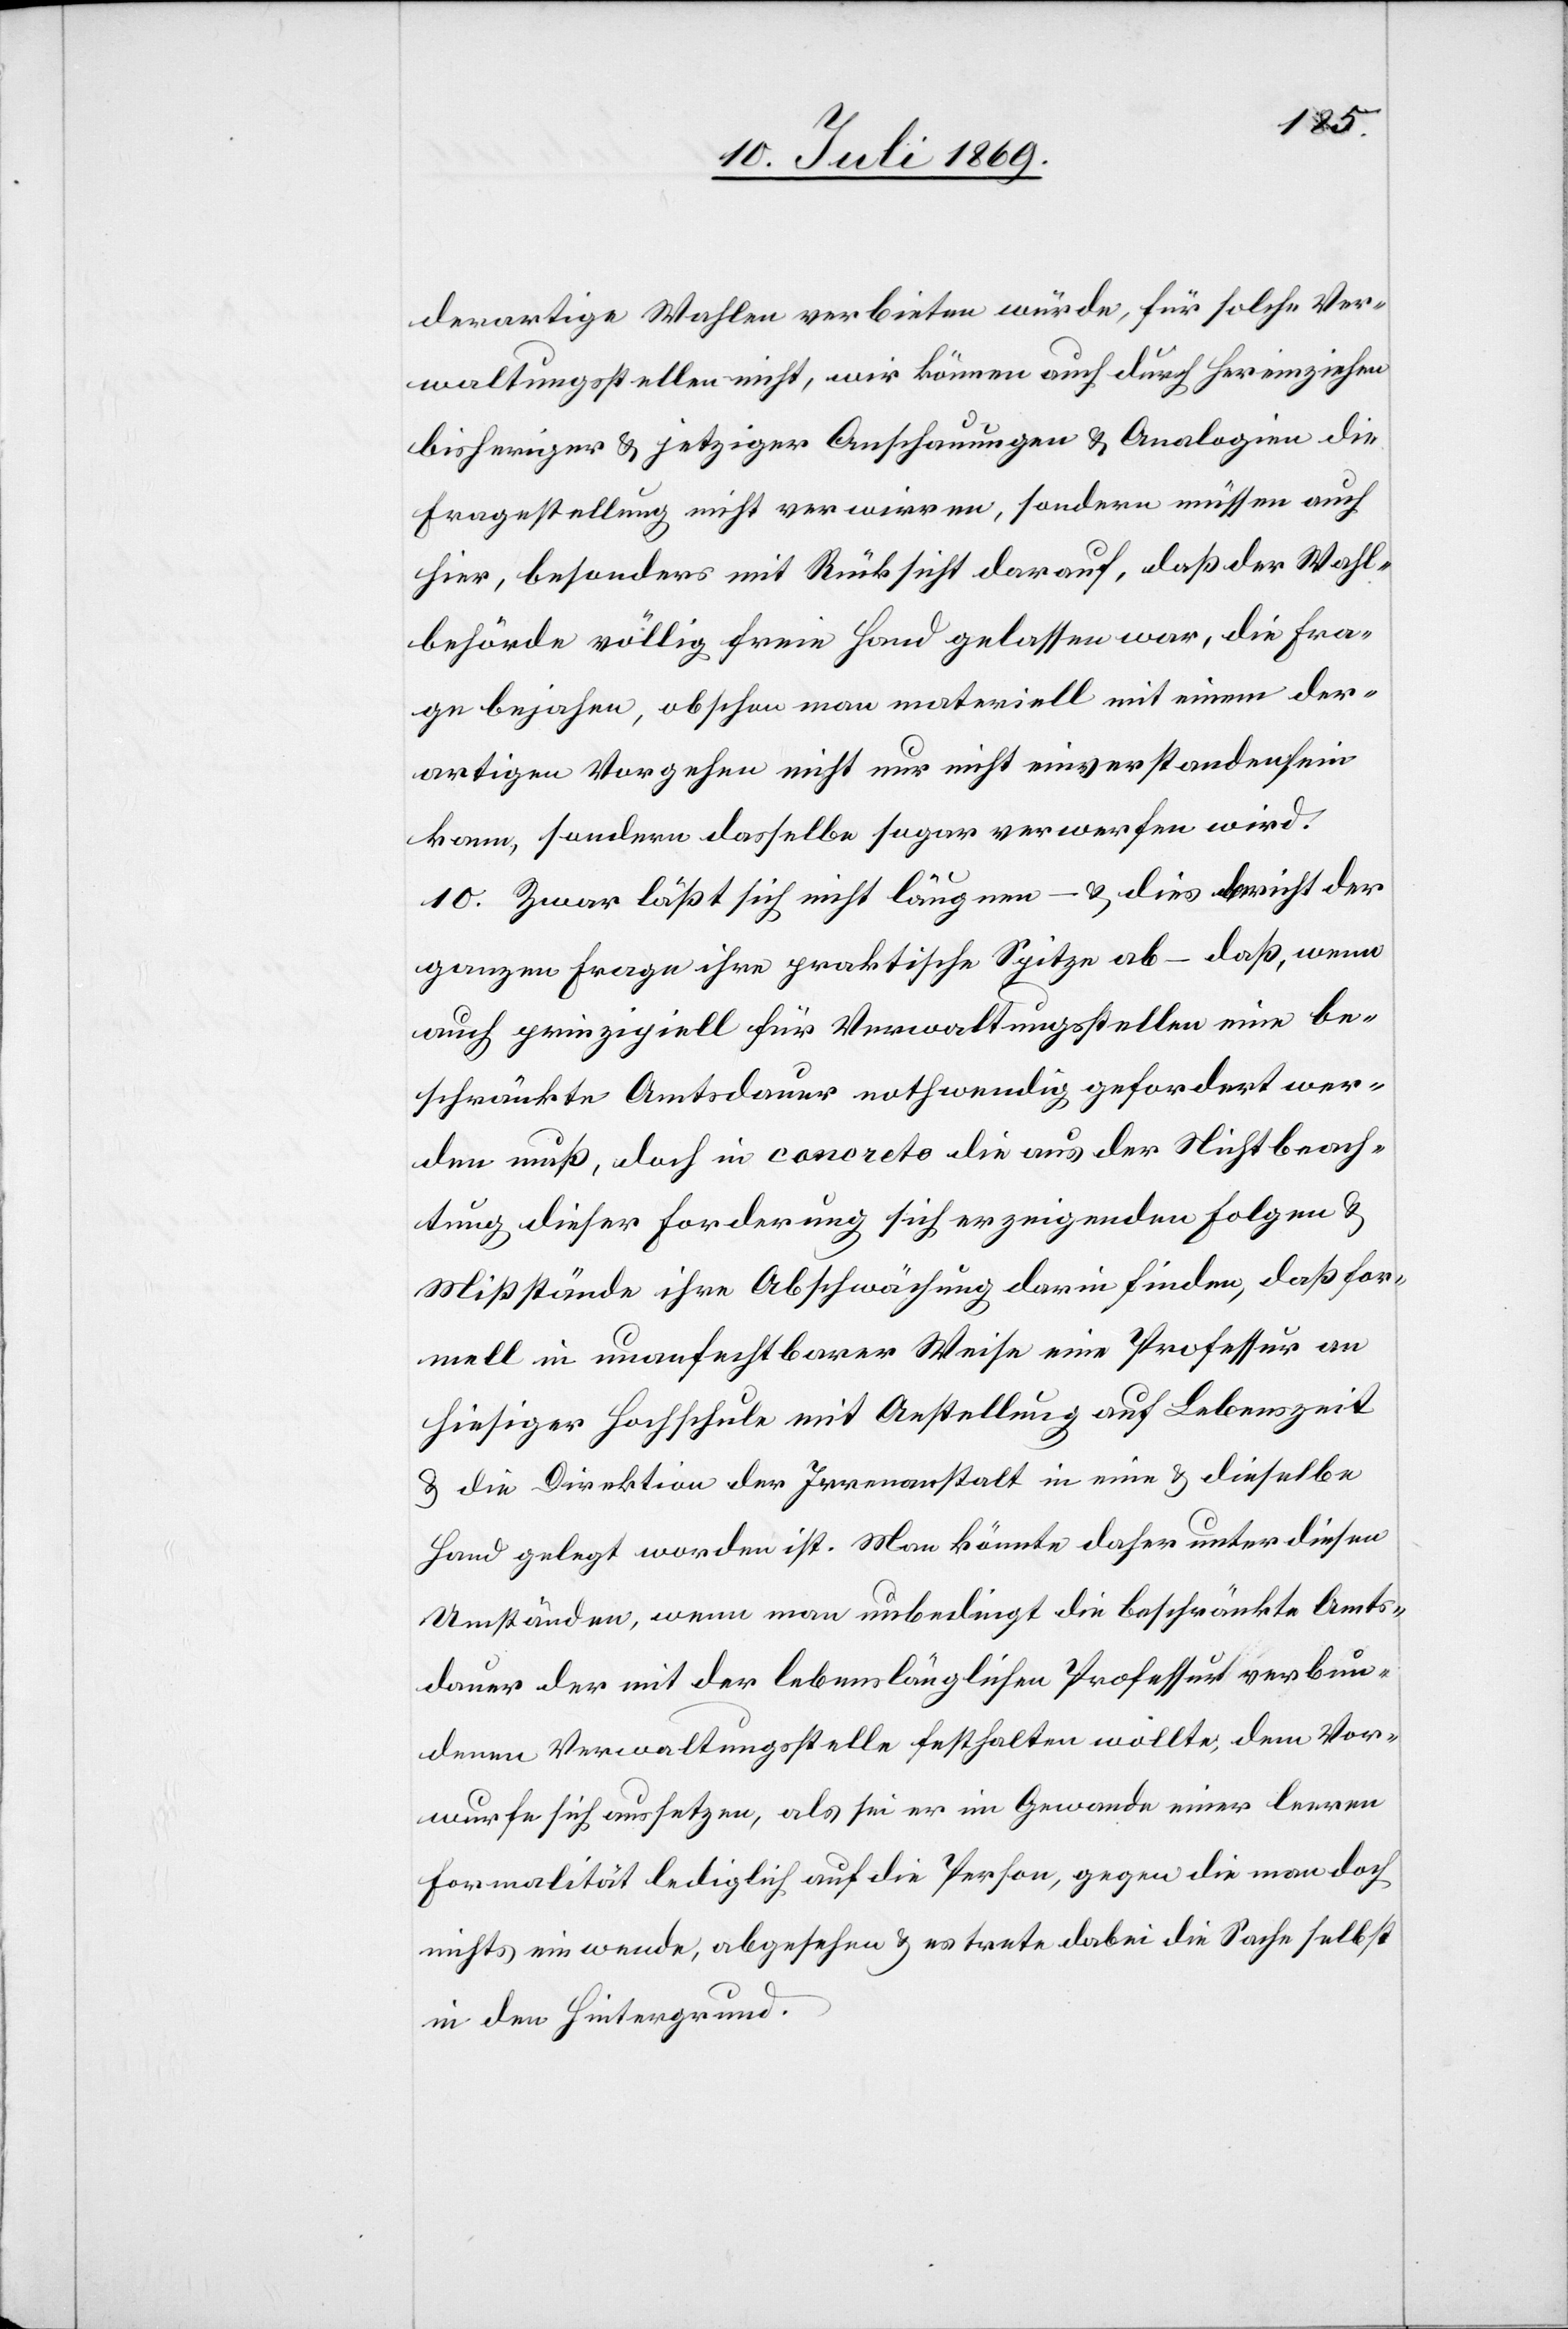
derartige Wahlen verbieten würde, für solche Ver¬
waltungsstellen nicht, wir können auch durch hereinziehen
bisheriger. u. jetziger Anschauungen u. Analogien die
Fragestellung nicht verwirren, sondern müssen auch
hier, besonders mit Rücksicht darauf, daß der Wahl¬
behörde völlig freie Hand gelassen war, die Fra¬
ge bejahen, obschon man materiell mit einem der¬
artigen Vorgehen nicht nur nicht einverstanden sein
kann, sondern dasselbe sogar verwerfen wird.
10. Zwar läßt sich nicht läugnen – u. dies bricht der
ganzen Frage ihre praktische Spitze ab – daß, wenn
auch prinzipiell für Verwaltungsstellen eine be¬
schränkte Amtsdauer nothwendig gefordert wer¬
den muß, doch in conecto die aus der Nichtbeach¬
tung dieser Forderung sich erzeigenden Folgen u.
Mißstände ihre Abschwächung darin finden, daß for¬
mell in unanfechtbarer Weise eine Professur an
hiesiger Hochschule mit Anstellung auf Lebenszeit
u. die Direktion der Irrenanstalt in eine u. dieselbe
Hand gelegt worden ist. Man könnte daher unter diesen
Umständen, wenn man unbedingt die beschränkte Amts¬
dauer der mit der lebenslänglichen Professur verbun¬
denen Verwaltungsstelle festhalten wollte, dem Vor¬
wurfe sich aussetzen, als sei er im Gewande einer leeren
Formalität lediglich auf die Person, gegen die man doch
nichts einwende, abgesehen u. es trete dabei die Sache selbst
in den Hintergrund.